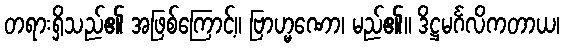
တရားရှိသည်၏ အဖြစ်ကြောင့်။ ဗြာဟ္မဏော၊ မည်၏။ ဒိဋ္ဌမင်္ဂလိကတာယ၊